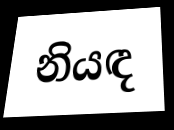
නියඳ